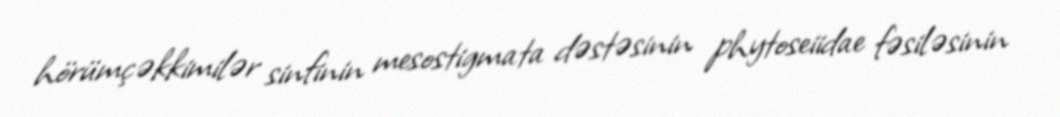
hörümçəkkimilər sinfinin mesostigmata dəstəsinin phytoseiidae fəsiləsinin